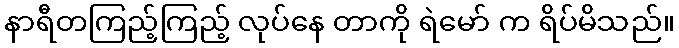
နာရီတကြည့်ကြည့် လုပ်နေ တာကို ရဲမော် က ရိပ်မိသည်။